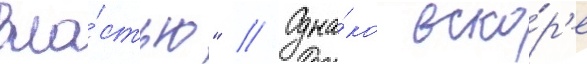
вла́стью" // Одна́ко вско́р'е